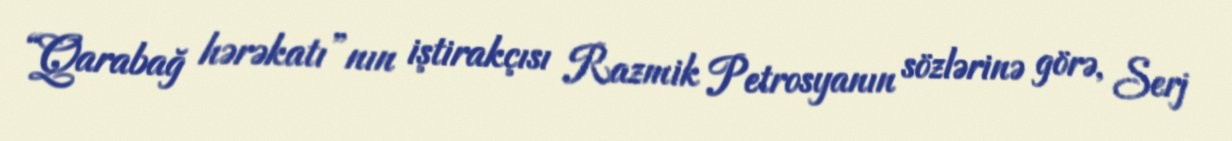
“Qarabağ hərəkatı”nın iştirakçısı Razmik Petrosyanın sözlərinə görə, Serj